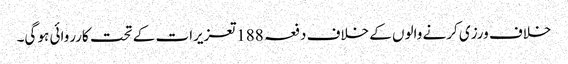
خلاف ورزی کرنے والوں کے خلاف دفعہ 188تعزیرات کے تحت کارروائی ہو گی۔